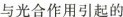
与光合作用引起的